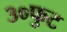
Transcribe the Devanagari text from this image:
३०फुट